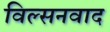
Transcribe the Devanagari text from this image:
विल्सनवाद